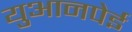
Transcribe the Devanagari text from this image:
युआनपेई